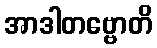
အာဒါတဗ္ဗောတိ